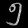
Digit: ၅